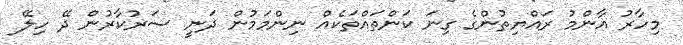
މިހާރު އާންމު ރައްޔިތުންގެ ގިނަ ކަންތައްތަކެއް ނިންމަމުން ދަނީ ސަރުކާރުން ދޭ ހިލޭ